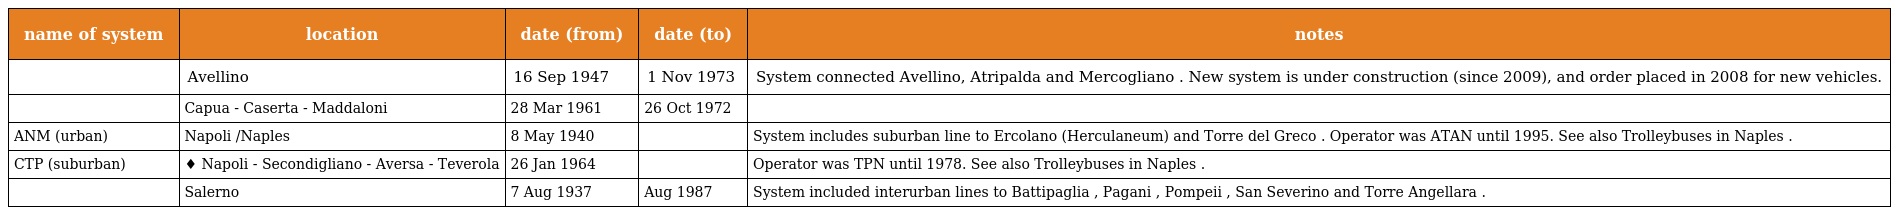
| name of system | location | date (from) | date (to) | notes |
 | --- | --- | --- | --- | --- |
 |  | Avellino | 16 Sep 1947 | 1 Nov 1973 | System connected Avellino, Atripalda and Mercogliano . New system is under construction (since 2009), and order placed in 2008 for new vehicles. |
 |  | Capua - Caserta - Maddaloni | 28 Mar 1961 | 26 Oct 1972 |  |
 | ANM (urban) | Napoli /Naples | 8 May 1940 |  | System includes suburban line to Ercolano (Herculaneum) and Torre del Greco . Operator was ATAN until 1995. See also Trolleybuses in Naples . |
 | CTP (suburban) | ♦ Napoli - Secondigliano - Aversa - Teverola | 26 Jan 1964 |  | Operator was TPN until 1978. See also Trolleybuses in Naples . |
 |  | Salerno | 7 Aug 1937 | Aug 1987 | System included interurban lines to Battipaglia , Pagani , Pompeii , San Severino and Torre Angellara . |